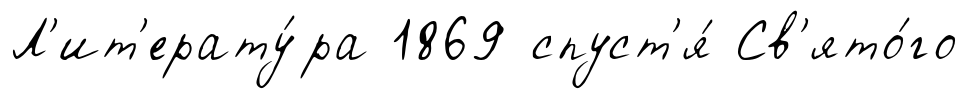
Л'ит'ерату́ра 1869 спуст'я́ Св'ято́го